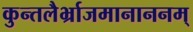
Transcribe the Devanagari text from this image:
कुन्तलैर्भ्राजमानाननम्